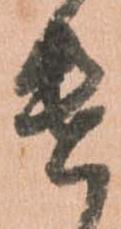
遣